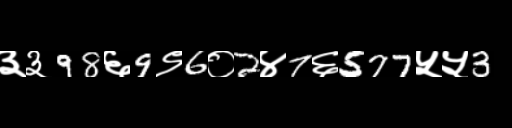
Text: ३३98६9९6०2४7६577५५3